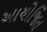
આયોજિત